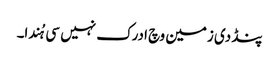
پنڈ دی زمین وچ ادرک نہیں سی ہُندا۔